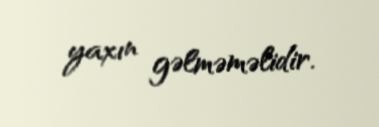
yaxın gəlməməlidir.